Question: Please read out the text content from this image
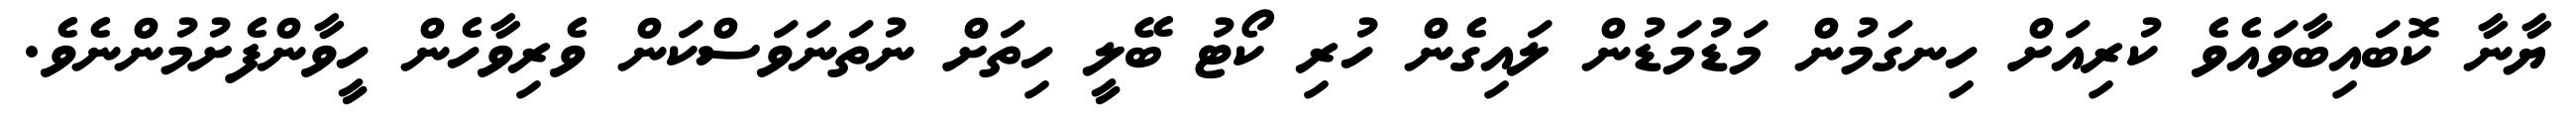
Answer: ޔާނާ ކޮބައިބާވައެވެ ކުރިއަށް ހިނގަމުން މަޑުމަޑުން ލައިގެން ހުރި ކޯޓު ބޭލީ ހިތަށް ނުތަނަވަސްކަން ވެރިވާހެން ހީވާންފެށުމުންނެވެ.